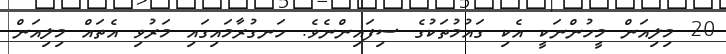
20 މިލިއަން މީހުންނަކީ އެކި ގައުމުތަކުގެ ސިފައިންނެވެ. ހަނގުރާމައިގައި މަރުވި އެތައް މިލިއަން